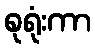
စုရုံးကာ